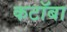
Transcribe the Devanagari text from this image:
कटॉबा